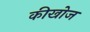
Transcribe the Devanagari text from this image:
कीखोज